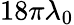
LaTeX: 18\pi\lambda_{0}